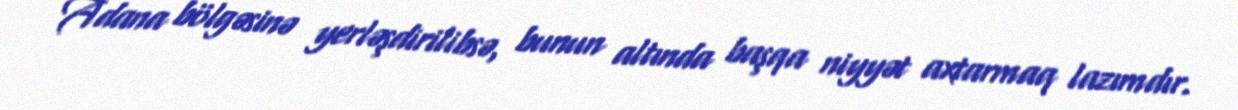
Adana bölgəsinə yerləşdirilibsə, bunun altında başqa niyyət axtarmaq lazımdır.